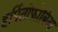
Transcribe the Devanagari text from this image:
हर्पितोफोबिअ